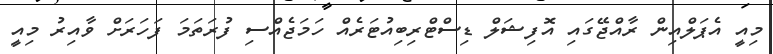
މިއީ އެޕަލްއިން ރާއްޖޭގައި އޮފިޝަލް ޑިސްޓްރިބިއުޓަރެއް ހަމަޖެއްސި ފުރަތަމަ ފަހަރަށް ވާއިރު މިއިީ